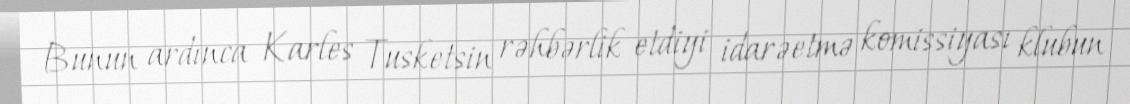
Bunun ardınca Karles Tusketsin rəhbərlik etdiyi idarəetmə komissiyası klubun